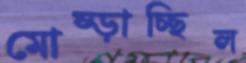
মোষ্‌ড়াচ্ছিল